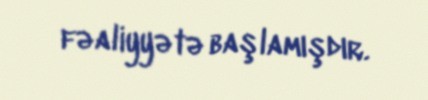
fəaliyyətə başlamışdır.